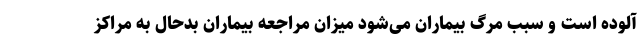
آلوده است و سبب مرگ بیماران می‌شود میزان مراجعه بیماران بدحال به مراکز